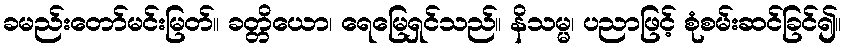
ခမည်းတော်မင်းမြတ်။ ခတ္တိယော၊ ရေမြေရှင်သည်။ နိသမ္မ၊ ပညာဖြင့် စုံစမ်းဆင်ခြင်၍။